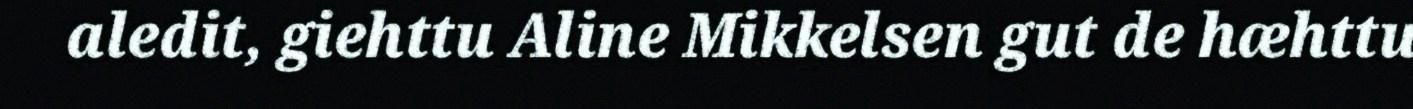
aledit, giehttu Aline Mikkelsen gut de hæhttu